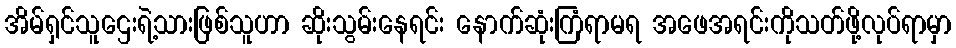
အိမ်ရှင်သူဌေးရဲ့သားဖြစ်သူဟာ ဆိုးသွမ်းနေရင်း နောက်ဆုံးကြံရာမရ အဖေအရင်းကိုသတ်ဖို့လုပ်ရာမှာ